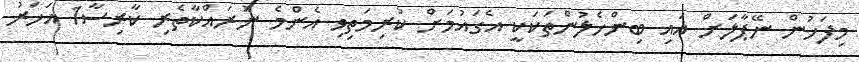
މިފަހުން ނޭޕާލަށް އައި ބިންހެލުންތަކަކީ އެގައުމަށް ކުރިމަތިވި އެންމެ ނުރައްކާތެރި ކާރިސާ1 އަހަރު